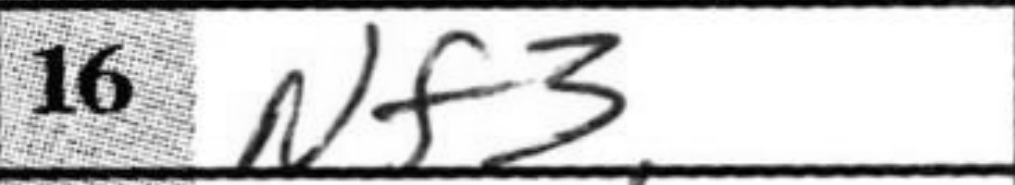
Transcription: Nf3